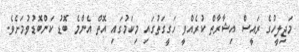
މަޖިލީހުގެ ރައީސް އިޝާރާތް ކުރެއްވީ ހަގީގަތުގައި މިކަމުގައި އޮތް އެންމެ ބޮޑު ކަންބޮޑުވުމަށެވެ.